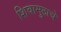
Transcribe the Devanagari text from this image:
शिवामुठाचे